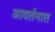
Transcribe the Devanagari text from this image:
आवर्तनात